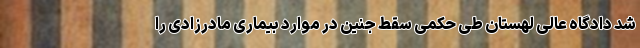
شد دادگاه عالی لهستان طی حکمی سقط جنین در موارد بیماری مادرزادی را